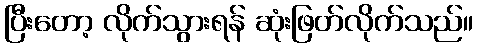
ပြီးတော့ လိုက်သွားရန် ဆုံးဖြတ်လိုက်သည်။